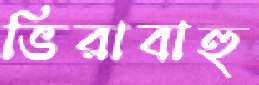
ভিরাবাহু